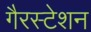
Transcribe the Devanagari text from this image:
गैरस्टेशन